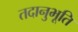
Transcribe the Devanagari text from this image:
तदानुभूति